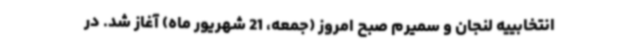
انتخابییه لنجان و سمیرم صبح امروز (جمعه، 21 شهریور ماه) آغاز شد. در